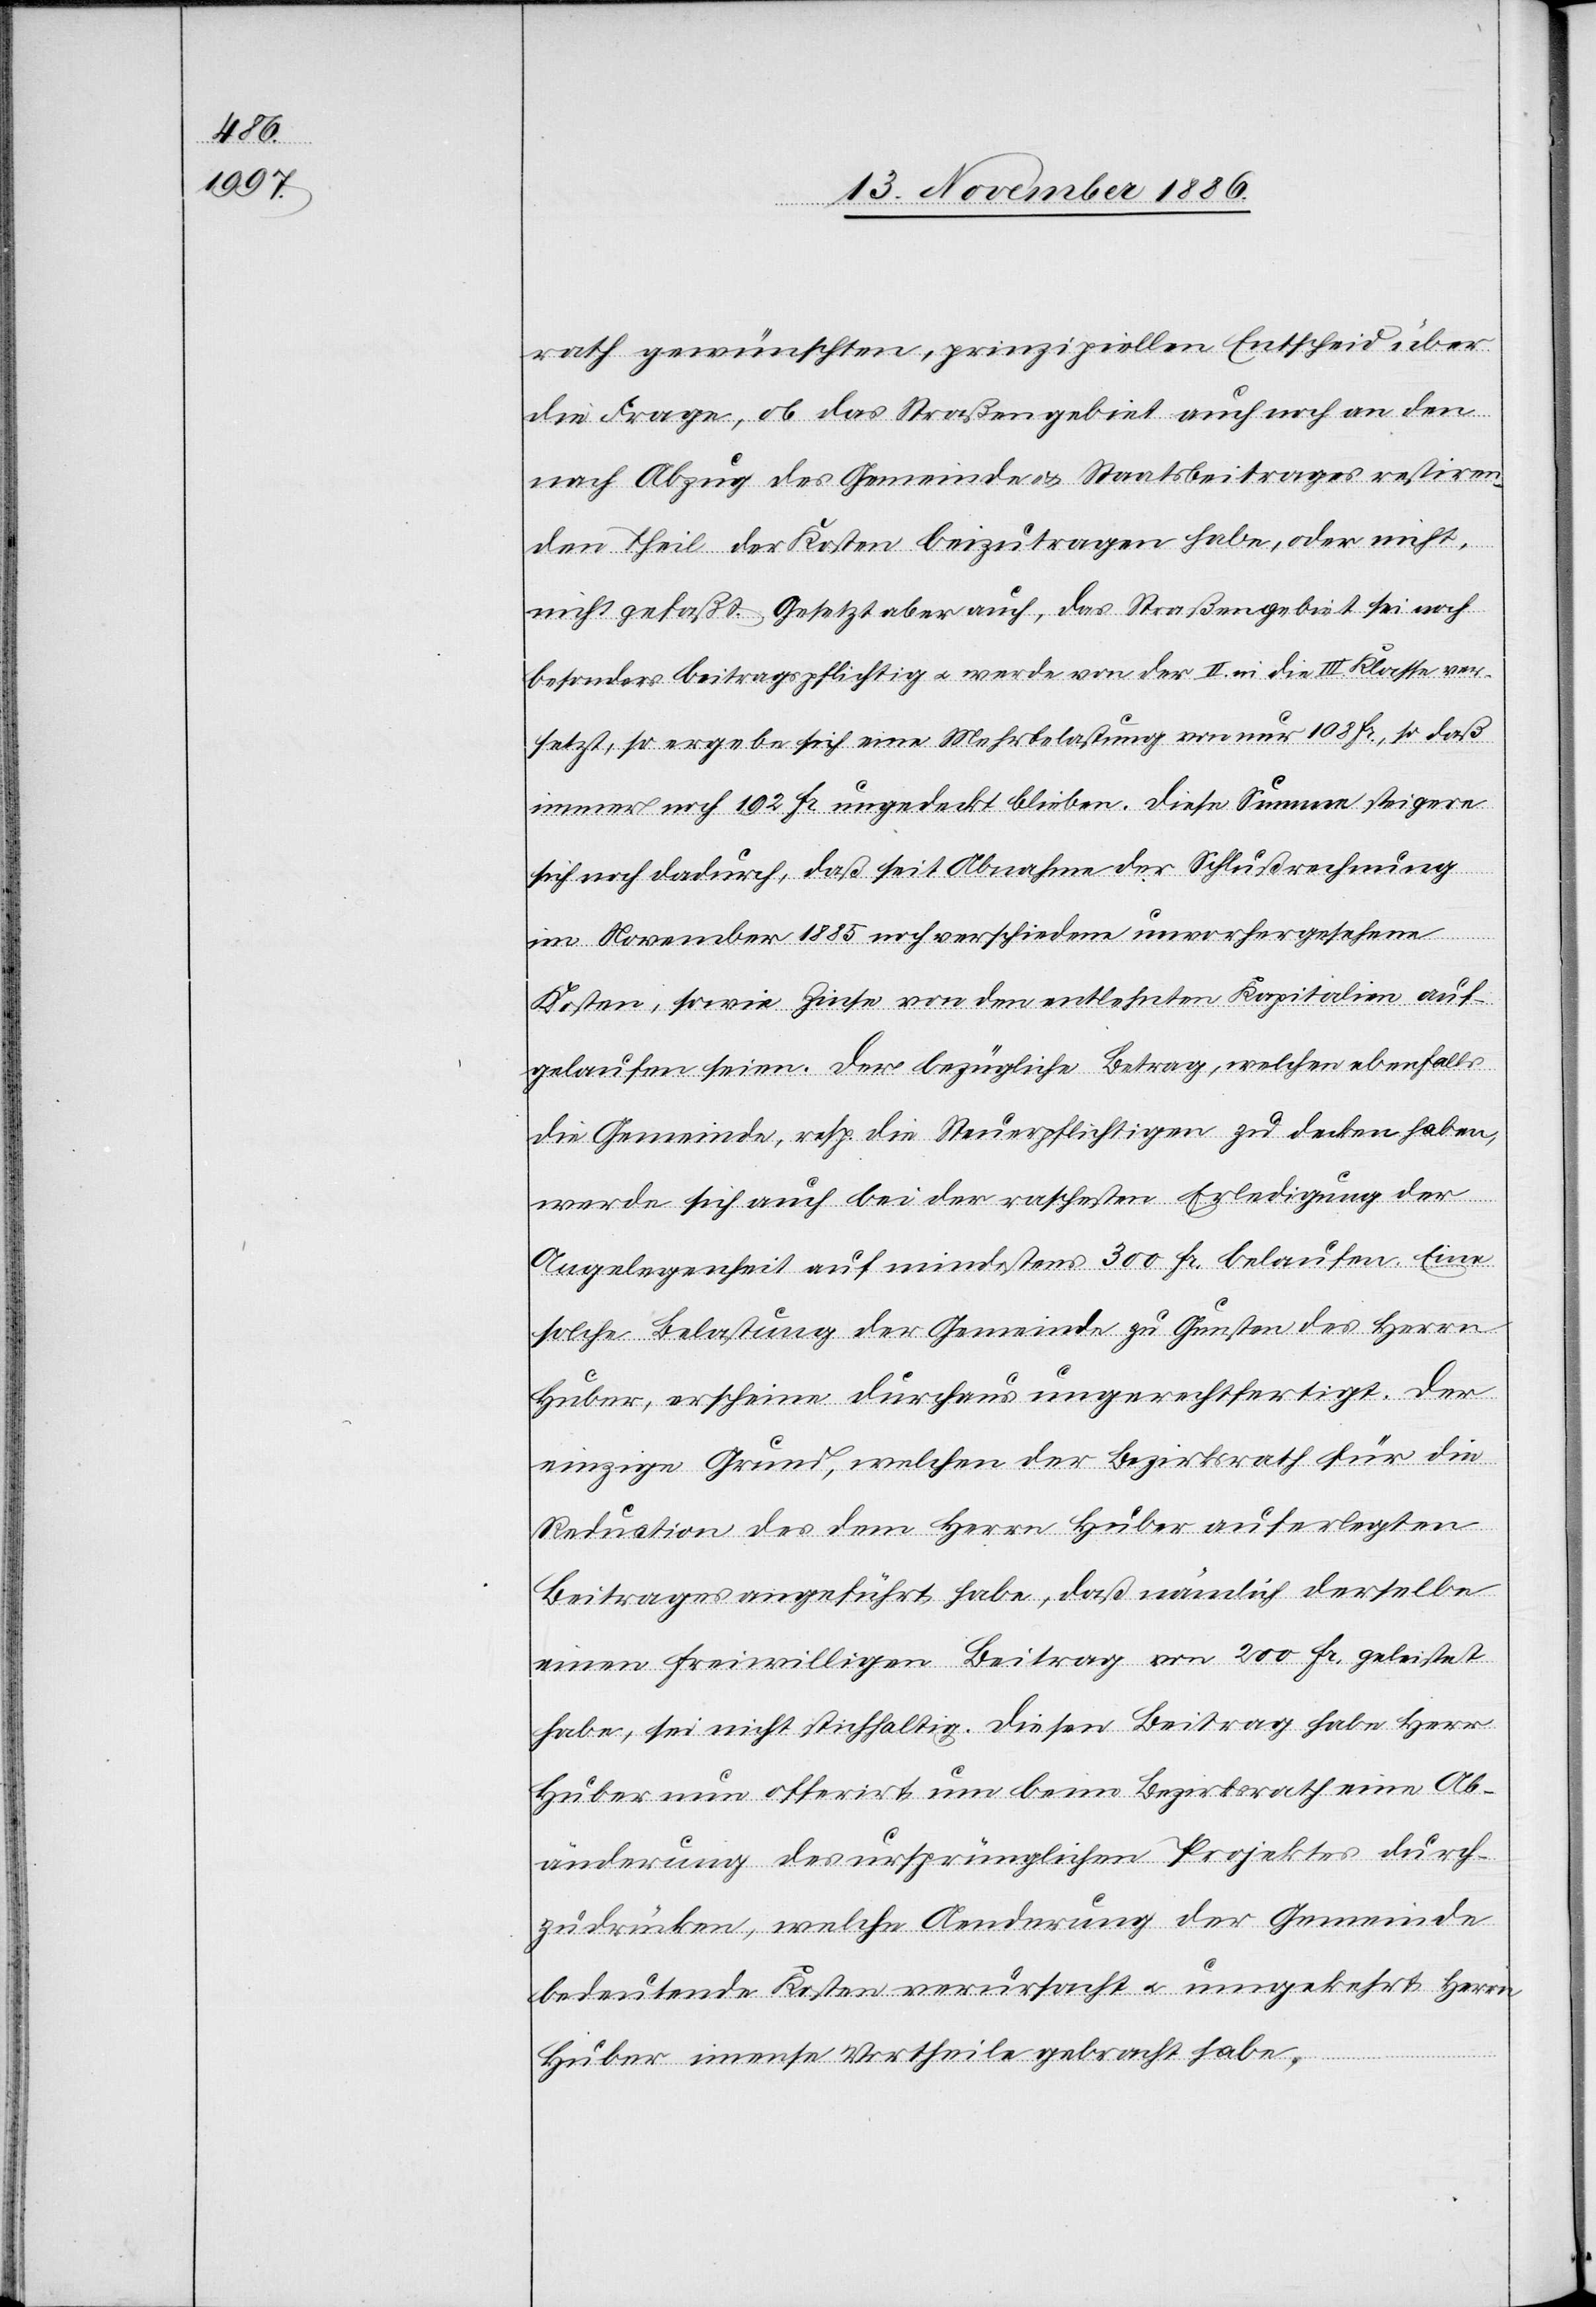
rath gewünschten, prinzipiellen Entscheid über
die Frage, ob das Straßengebiet auch noch an den
nach Abzug des Gemeinde- & Staatsbeitrages restiren¬
den Theil der Kosten beizutragen habe, oder nicht,
nicht gefaßt. Gesetzt aber auch, das Straßengebiet sei noch
besonders beitragspflichtig & werde von der II. in die III. Klasse ver¬
setzt, so ergebe sich eine Mehrbelastung von nur 108 Fr., so daß
immer noch 192 Fr. ungedeckt blieben. Diese Summe steigere
sich noch dadurch, daß seit Abnahme der Schlußrechnung
im November 1885 noch verschiedene unvorhergesehene
Kosten, sowie Zinse von den entlehnten Kapitalien auf¬
gelaufen seien. Der bezügliche Betrag, welchen ebenfalls
die Gemeinde, resp die Steuerpflichtigen zu decken haben,
werde sich auch bei der raschesten Erledigung der
Angelegenheit auf mindestens 300 Fr. belaufen. Eine
solche Belastung der Gemeinde zu Gunsten des Herrn
Huber, erscheine durchaus ungerechtfertigt. Der
einzige Grund, welchen der Bezirksrath für die
Reduction des dem Herrn Huber auferlegten
Beitrages angeführt habe, daß nämlich derselbe
einen freiwilligen Beitrag von 200 Fr. geleistet
habe, sei nicht stichhaltig. Diesen Beitrag habe Herr
Huber nun offerirt um beim Bezirksrath eine Ab¬
änderung des ursprünglichen Projektes durch¬
zudrücken, welche Aenderung der Gemeinde
bedeutende Kosten verursacht & umgekehrt Herrn
Huber imense [sic!] Vortheile gebracht habe.